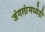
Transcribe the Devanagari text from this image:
जंगलांमध्येही